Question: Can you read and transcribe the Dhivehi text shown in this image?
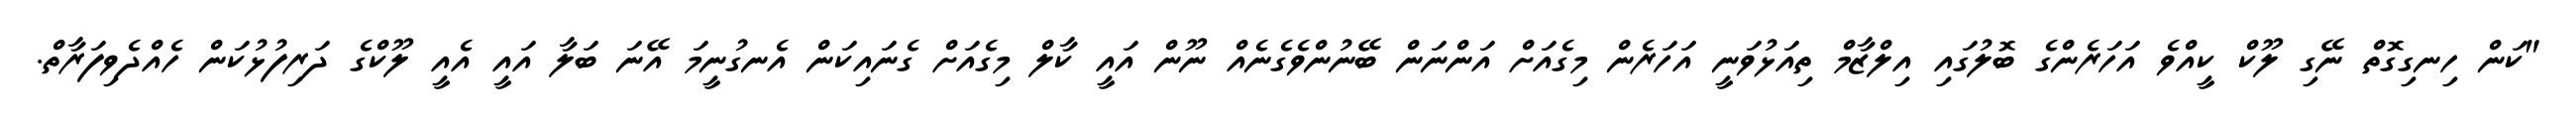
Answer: "ކަން ހިނގިގޮތް ނޭގި ލޫކް ކީއްވެ އަހަރެންގެ ބޮލުގައި އިލްޒާމް ތިއަޅުވަނީ އަހަރެން މިގެއަށް އަންނަން ބޭނުންވެގެނެއް ނޫން އައީ ކާލް މިގެއަށް ގެނައިކަން އެނގުނީމަ އޭނަ ބަލާ އައީ އެއީ ލޫކްގެ ދަރިފުޅުކަން ހެއްދެވިފަރާތް.